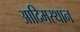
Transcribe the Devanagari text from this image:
आदिमस्थान